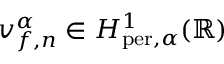
v _ { f , n } ^ { \alpha } \in H _ { \mathrm { p e r } , \alpha } ^ { 1 } ( \mathbb { R } )